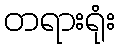
တရားရုံး